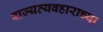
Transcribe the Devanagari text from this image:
राज्यव्यवहाराच्या